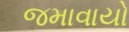
જમાવાયો